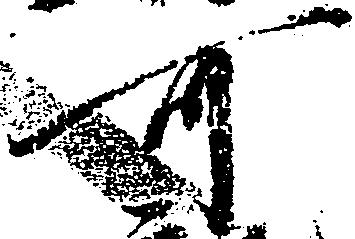
可